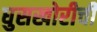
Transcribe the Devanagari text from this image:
घुसखोरीची